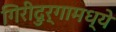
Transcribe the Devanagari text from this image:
गिरीदुर्गामध्ये